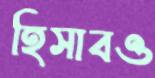
হিসাবও